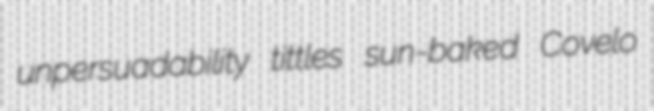
unpersuadability tittles sun-baked Covelo